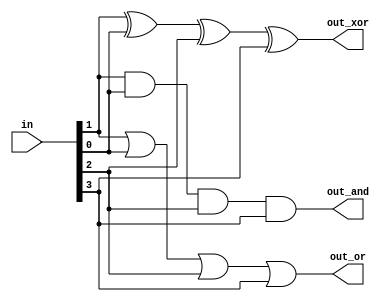
/*Build a combinational circuit with four inputs, in[3:0].

There are 3 outputs:

out_and: output of a 4-input AND gate.
out_or: output of a 4-input OR gate.
out_xor: output of a 4-input XOR gate.
To review the AND, OR, and XOR operators, see andgate, norgate, and xnorgate.*/
module top_module( 
    input [3:0] in,
    output out_and,
    output out_or,
    output out_xor
);
    and g1(out_and,in[1],in[0],in[2],in[3]);
    or g2(out_or,in[1],in[0],in[2],in[3]);
    xor g3(out_xor,in[1],in[0],in[2],in[3]);
endmodule